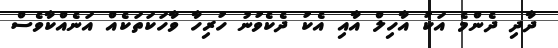
ދާދި ދެންމެ އަކު އާހިލް އާއި އެކު ދެކެވުނު ހުރިހާ ވާހަކަތަކެއް އަނެއްކާވެސް